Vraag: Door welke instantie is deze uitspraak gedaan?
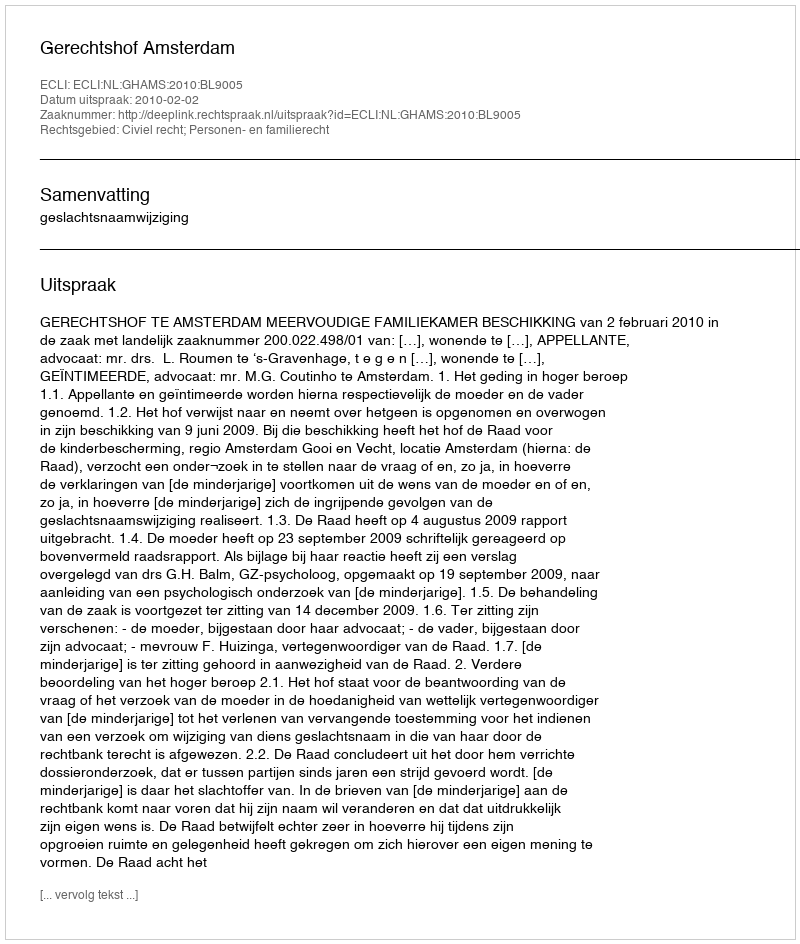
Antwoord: Gerechtshof Amsterdam